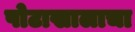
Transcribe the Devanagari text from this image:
पोटाखालाचा